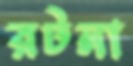
রটনা